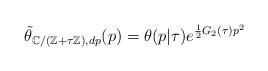
LaTeX: \begin{align*}\tilde\theta_{\mathbb C/(\mathbb Z+\tau\mathbb Z),dp}(p)=\theta(p|\tau)e^{{1\over 2}G_2(\tau)p^2}\end{align*}